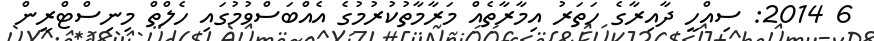
6 2014: ސިއްހީ ދާއިރާގެ ހަތަރު އިމާރާތެއް މަރާމާތުކުރުމުގެ އެއްބަސްވުމުގައި ހެލްތް މިނިސްޓްރީން